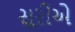
સૂરીએ